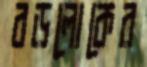
বড়লোকের